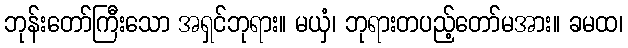
ဘုန်းတော်ကြီးသော အရှင်ဘုရား။ မယှံ၊ ဘုရားတပည့်တော်မအား။ ခမထ၊